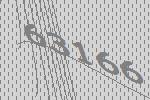
63166